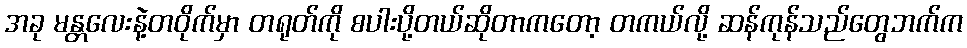
အခု မန္တလေးနဲ့တဝိုက်မှာ တရုတ်ကို စပါးပို့တယ်ဆိုတာကတော့ တကယ်လို့ ဆန်ကုန်သည်တွေဘက်က